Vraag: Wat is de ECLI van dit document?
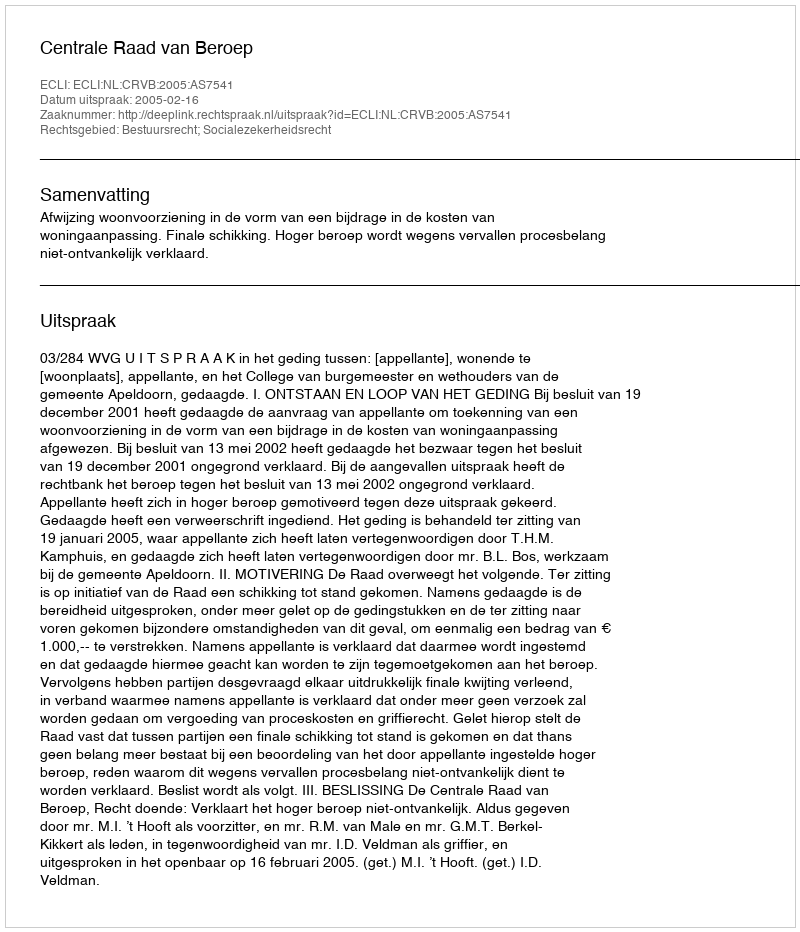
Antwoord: ECLI:NL:CRVB:2005:AS7541